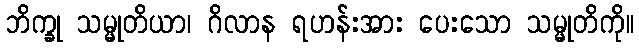
ဘိက္ခု သမ္မုတိယာ၊ ဂိလာန ရဟန်းအား ပေးသော သမ္မုတိကို။